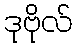
ဒုဗိုလ်